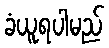
ခံယူရပါမည်